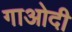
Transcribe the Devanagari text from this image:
गाओदी